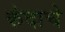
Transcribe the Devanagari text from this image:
कंदाचे